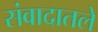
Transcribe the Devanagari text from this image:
संवादातले